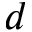
d